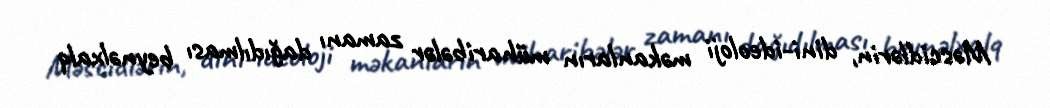
Məscidlərin, dini-ideoloji məkanların müharibələr zamanı dağıdılması beynəlxalq